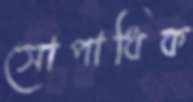
সোপাধিক